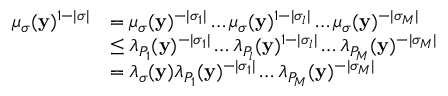
\begin{array} { r l } { \mu _ { \boldsymbol { \sigma } } ( \mathbf { y } ) ^ { 1 - | \boldsymbol { \sigma } | } } & { = \mu _ { \boldsymbol { \sigma } } ( \mathbf { y } ) ^ { - | \sigma _ { 1 } | } \dots \mu _ { \boldsymbol { \sigma } } ( \mathbf { y } ) ^ { 1 - | \sigma _ { l } | } \dots \mu _ { \boldsymbol { \sigma } } ( \mathbf { y } ) ^ { - | \sigma _ { M } | } } \\ & { \le \lambda _ { P _ { 1 } } ( \mathbf { y } ) ^ { - | \sigma _ { 1 } | } \dots \lambda _ { P _ { l } } ( \mathbf { y } ) ^ { 1 - | \sigma _ { l } | } \dots \lambda _ { P _ { M } } ( \mathbf { y } ) ^ { - | \sigma _ { M } | } } \\ & { = \lambda _ { \boldsymbol { \sigma } } ( \mathbf { y } ) \lambda _ { P _ { 1 } } ( \mathbf { y } ) ^ { - | \sigma _ { 1 } | } \dots \lambda _ { P _ { M } } ( \mathbf { y } ) ^ { - | \sigma _ { M } | } } \end{array}